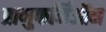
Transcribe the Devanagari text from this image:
प्राणुफर्मिऑन